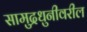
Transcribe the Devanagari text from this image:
सामुद्रधुनीवरील